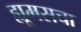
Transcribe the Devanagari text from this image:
ह्यूमसचा